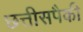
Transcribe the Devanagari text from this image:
छत्तीसपैकी